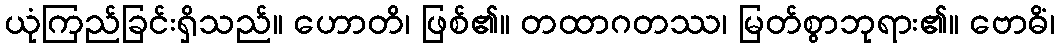
ယုံကြည်ခြင်းရှိသည်။ ဟောတိ၊ ဖြစ်၏။ တထာဂတဿ၊ မြတ်စွာဘုရား၏။ ဗောဓိံ၊